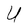
Character: U